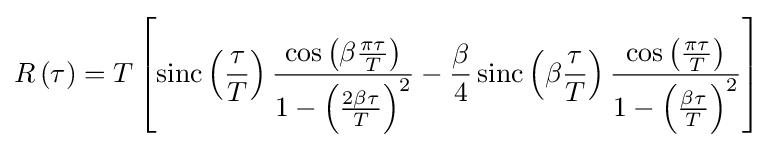
R\left(\tau \right)=T\left[\operatorname {sinc} \left({\frac {\tau }{T}}\right){\frac {\cos \left(\beta {\frac {\pi \tau }{T}}\right)}{1-\left({\frac {2\beta \tau }{T}}\right)^{2}}}-{\frac {\beta }{4}}\operatorname {sinc} \left(\beta {\frac {\tau }{T}}\right){\frac {\cos \left({\frac {\pi \tau }{T}}\right)}{1-\left({\frac {\beta \tau }{T}}\right)^{2}}}\right]